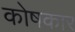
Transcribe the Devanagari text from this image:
काेषकार